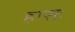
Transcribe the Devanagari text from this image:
हासः